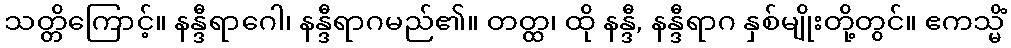
သတ္တိကြောင့်။ နန္ဒီရာဂေါ၊ နန္ဒီရာဂမည်၏။ တတ္ထ၊ ထို နန္ဒီ, နန္ဒီရာဂ နှစ်မျိုးတို့တွင်။ ဧကသ္မိံ